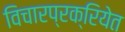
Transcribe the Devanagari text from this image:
विचारप्रक्रियेत